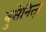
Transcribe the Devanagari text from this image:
बुसेनित्ज़